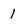
Character: 1